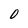
Character: 0